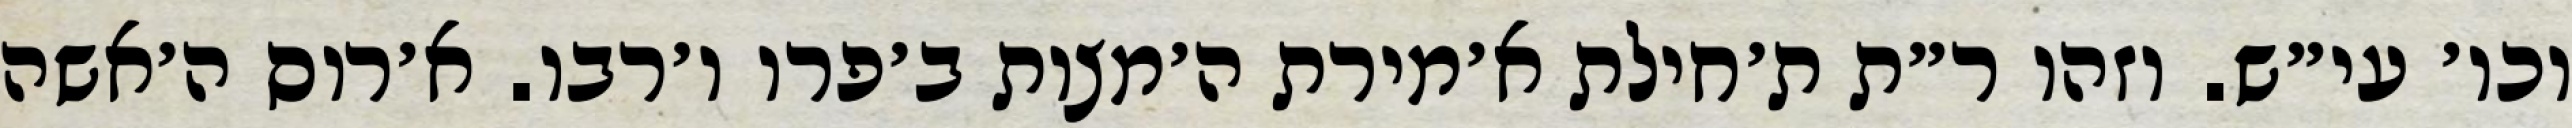
וכו׳ עי״ש. וזהו ר״ת ת׳חילת א׳מירת ה׳מצות ב׳פרו ו׳רבו. א׳רוס ה׳אשה